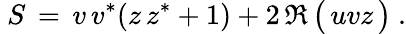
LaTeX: ~S\, =\, v\, v^{*}(z\, z^{*}+1)+2\, \Re\, {\bigl(}\, uvz\, {\bigr)}~.